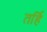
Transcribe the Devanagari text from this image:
तर्हि